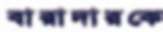
বারাদারকে